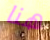
هنا